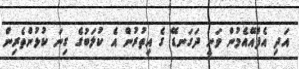
އަދި އެފްއޭއެމުން ވަނީ ދަގަނޑޭ ގެ އިތުރުން އެ ކުލަބުގެ ގިނަ ކުޅުންތެރިން